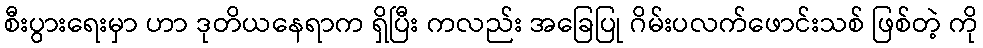
စီးပွားရေးမှာ ဟာ ဒုတိယနေရာက ရှိပြီး ကလည်း အခြေပြု ဂိမ်းပလက်ဖောင်းသစ် ဖြစ်တဲ့ ကို